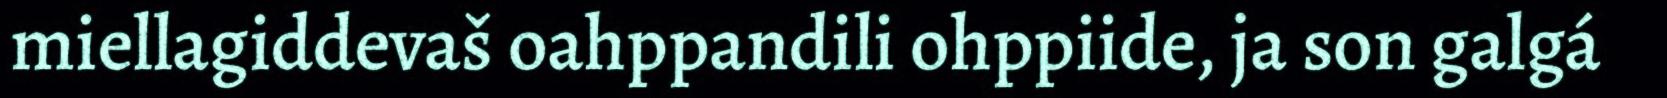
miellagiddevaš oahppandili ohppiide, ja son galgá